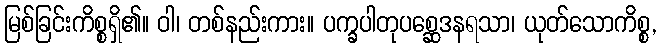
မြစ်ခြင်းကိစ္စရှိ၏။ ဝါ၊ တစ်နည်းကား။ ပက္ခပါတုပစ္ဆေဒနရသာ၊ ယုတ်သောကိစ္စ,